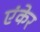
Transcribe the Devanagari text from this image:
एंकेर